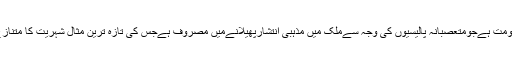
بھارت میں انتہا پسند ہندوجماعت بھارتیہ جنتا پارٹی کی حکومت ہےجومتعصبانہ پالیسیوں کی وجہ سےملک میں مذہبی انتشارپھیلانےمیں مصروف ہےجس کی تازہ ترین مثال شہریت کا متنازع قانون ہےجس کےخلاف ملک بھرمیں احتجاج کیاجارہاہے۔